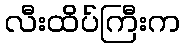
လီးထိပ်ကြီးက